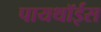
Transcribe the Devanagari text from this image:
पायथॉईस